NAE_Eesti_seltside_protokollid_1900-1917, lk 5
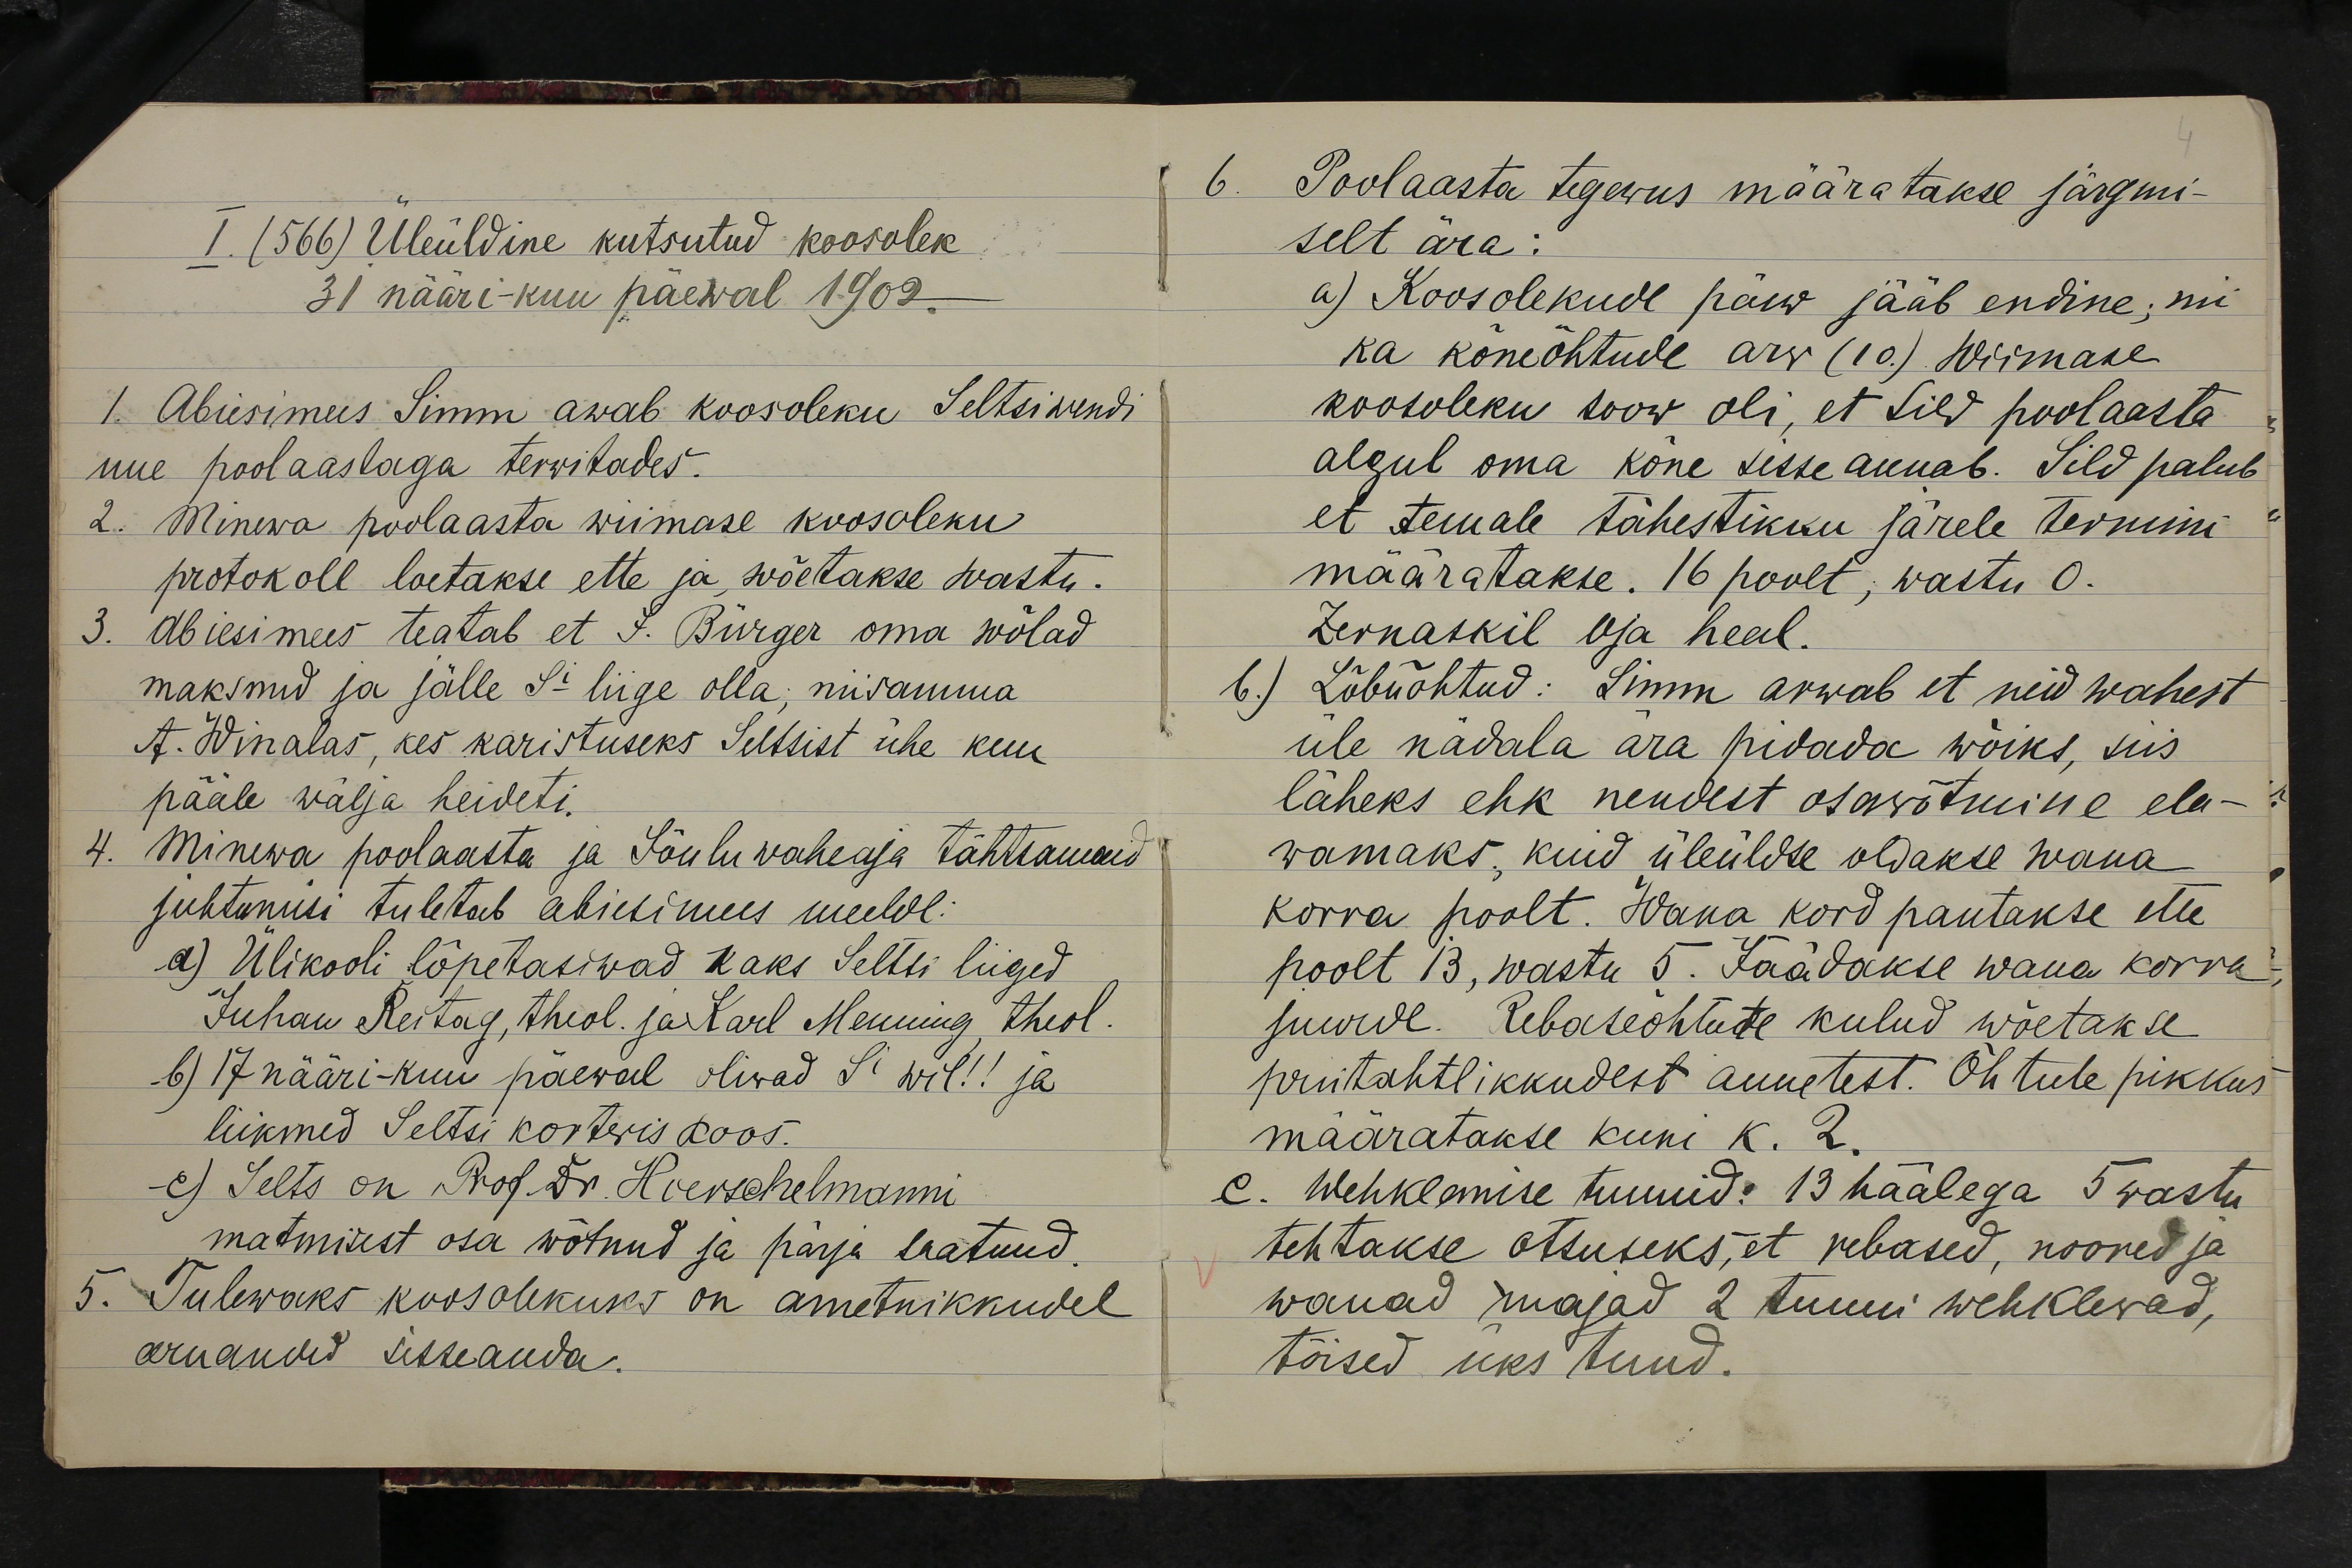
I. (566) Üleüldine kutsutud koosolek
31 nääri-kuu päewal 1909.
1. Abiesimees Simm awab koosoleku Seltsiwendi
uue poolaastaga terwitades.
2. Minewa poolaasta wiimase koosoleku
protokoll loetakse ette ja wõetakse wastu.
3. Abiesimees teatab et J. Bürger oma wõlad
maksnud ja jälle Si liige olla; niiisamma
A. Winalas, kes karistuseks Seltsist ühe kuu
pääle wälja heideti.
Minewa poolaasta ja Jõuluvaheaga tähtsamaid
juhtumisi tuletab abiesimees meelde:
a) Ülikooli lõpetasiwad kaks Seltsi liiged
Juhan Reitag, theol. ja Karl Menning theol.
b) 17 nääri-kuu päewal oliwad Si wil!! ja
liikmed Seltsi korteris koos.
c) Selts on Prof. Dr. Hoerschelmanni
matmisest osa wõtnud ja pärja saatnud.
Tulewaks koosolekuks on ametnikkudel
aruanded sisseanda.

Poolaasta tegewus määratakse järgmi-
selt ära.
a) Koosolekude päew jääb endine; nii
ka kõneõhtude arv (10) Wiimane
koosoleku soow oli, et Sild poolaasta
algul oma kõne sisse annab. Sild palub
et temale tähestikku järele termini
määratakse. 16 poolt; wastu 0.
Zernaskil Oja heal.
b.) Lõbuõhtud: Simm arwab et neid wahest
üle nädala ära pidada wõiks, siis
läheks ehk nendest osawõtmine ela-
wamaks kuid üleüldse oldakse wana
korra poolt. Wana kord pantakse ette
poolt 13, wastu 5. Jäädakse wana korra
juurde. Rebaseõhtute kulud wõetakse
priitahtlikkudest annetest. Õhtule pikkus
määratakse kuni k. p.
e. Wehklemise tunnid: 13 häälega 5 wastu
tehtakse otsuseks, et rebased, noored ja
wanad majad 2 tunni wehklevad,
tõised üks kuud.